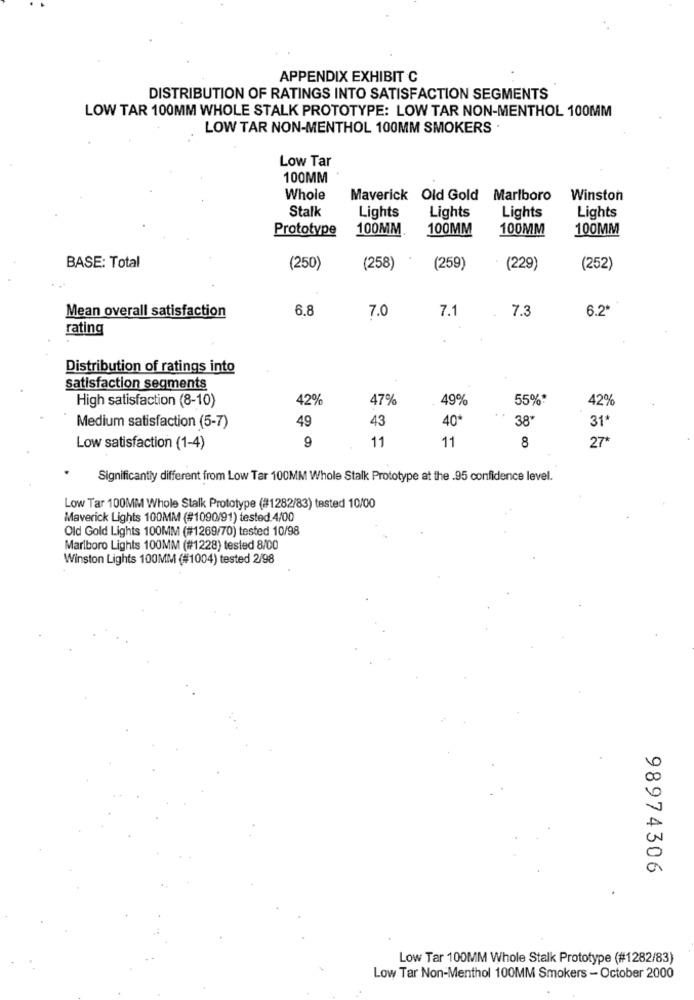
APPENDIX EXHIBIT C
DISTRIBUTION OF RATINGS INTO SATISFACTION SEGMENTS
LOW TAR 100MM WHOLE STALK PROTOTYPE: LOW TAR NON-MENTHOL 100MM
LOW TAR NON-MENTHOL 100MM SMOKERS .
Low Tar
100MM
Whole
Maverick Old Gold Marlboro
Winston
Stalk
Lights
Lights
Lights
Lights
Prototype
100MM
100MM
100MM
100MM
BASE: Total
(250)
(258)
(259)
(229)
(252)
6.8
7.0
7.1
7.3
6.2*
Mean overall satisfaction
rating
Distribution of ratings into
satisfaction segments
High satisfaction (8-10)
42%
47%
49%
55%*
42%
49
43
40*
..
38*
31*
Medium satisfaction (5-7)
9
11
8
27*
Low satisfaction (1-4)
11
Significantly different from Low Tar 100MM Whole Stalk Prototype at the .95 confidence level.
Low Tar 100MM Whole Stalk Prototype (#1282/83) tested 10/00
Maverick Lights 100MM (#1090/91) tested 4/00
Old Gold Lights 100MM (#1269/70) tested 10/98
Marlboro Lights 100MM (#1228) tested 8/00
Winston Lights 100MM (#1004) tested 2/98
98974306
Low Tar 100MM Whole Stalk Prototype (#1282/83)
Low Tar Non-Menthol 100MM Smokers - October 2000